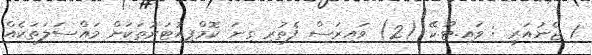
1 ޖެނުއަރީ : ވައި.ޓޫ.ކޭ (2) ވައިރަސް ފެތުރި ގިނަ ކޮމްޕިއުޓަރުތަކަށް މައްސަލަތަކެއް